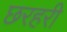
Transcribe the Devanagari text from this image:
छरहरी